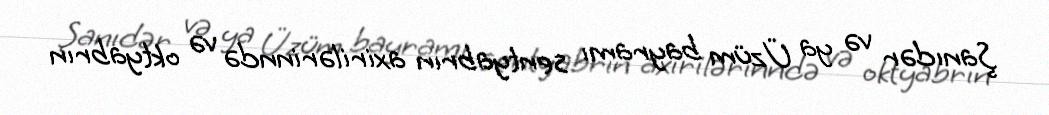
Şanıdər və ya Üzüm bayramı sentyabrın axirilərinndə və oktyabrın